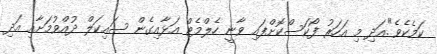
ކަމެކެވެ".އަދި މި އަހަރު ފޯކަސްކޮށްފައި ވާނީ ހެލްމެޓް އަޅާއިގެން ސައިކަލް ދުއްވުމަށާއި އަދި